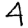
Digit: 4